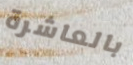
بالعاشرة